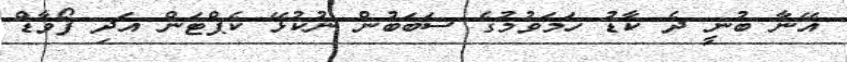
އޭނާ ބުނީ ދެ ކާޑު ހަމަވުމުގެ ސަބަބުން ނުކުޅޭ ކެޕްޓަން އަދި ފޯވާޑް